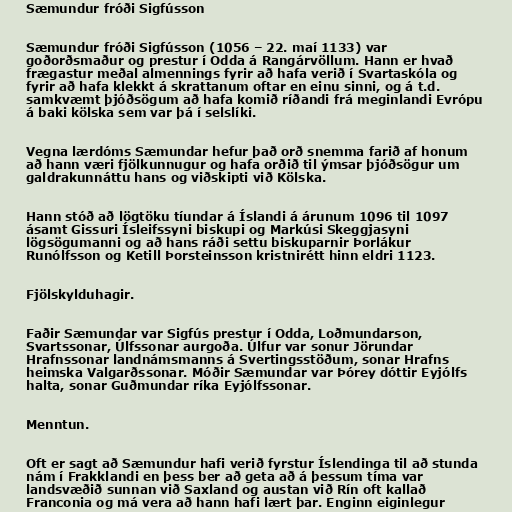
Sæmundur fróði Sigfússon

Sæmundur fróði Sigfússon (1056 – 22. maí 1133) var
goðorðsmaður og prestur í Odda á Rangárvöllum. Hann er hvað
frægastur meðal almennings fyrir að hafa verið í Svartaskóla og
fyrir að hafa klekkt á skrattanum oftar en einu sinni, og á t.d.
samkvæmt þjóðsögum að hafa komið ríðandi frá meginlandi Evrópu
á baki kölska sem var þá í selslíki.

Vegna lærdóms Sæmundar hefur það orð snemma farið af honum
að hann væri fjölkunnugur og hafa orðið til ýmsar þjóðsögur um
galdrakunnáttu hans og viðskipti við Kölska.

Hann stóð að lögtöku tíundar á Íslandi á árunum 1096 til 1097
ásamt Gissuri Ísleifssyni biskupi og Markúsi Skeggjasyni
lögsögumanni og að hans ráði settu biskuparnir Þorlákur
Runólfsson og Ketill Þorsteinsson kristnirétt hinn eldri 1123.

Fjölskylduhagir.

Faðir Sæmundar var Sigfús prestur í Odda, Loðmundarson,
Svartssonar, Úlfssonar aurgoða. Úlfur var sonur Jörundar
Hrafnssonar landnámsmanns á Svertingsstöðum, sonar Hrafns
heimska Valgarðssonar. Móðir Sæmundar var Þórey dóttir Eyjólfs
halta, sonar Guðmundar ríka Eyjólfssonar.

Menntun.

Oft er sagt að Sæmundur hafi verið fyrstur Íslendinga til að stunda
nám í Frakklandi en þess ber að geta að á þessum tíma var
landsvæðið sunnan við Saxland og austan við Rín oft kallað
Franconia og má vera að hann hafi lært þar. Enginn eiginlegur